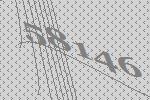
58146